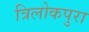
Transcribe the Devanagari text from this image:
त्रिलोकपुरा